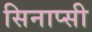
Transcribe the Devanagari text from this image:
सिनाप्सी